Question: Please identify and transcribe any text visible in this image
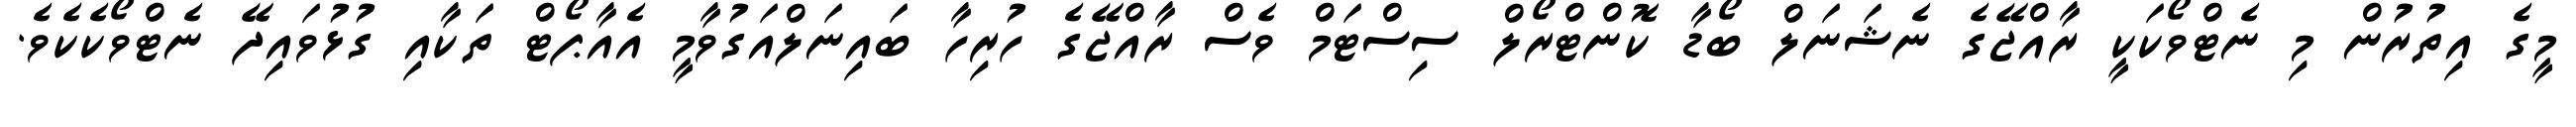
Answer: މީގެ އިތުރުން މި ނެޓްވޯކަކީ ރާއްޖޭގެ ނެޝަނަލް ބޯޑާ ކޮންޓްރޯލް ސިސްޓަމް ވެސް ރާއްޖޭގެ ހުރިހާ ބައިނަލްއަގުވާމީ އެއާޕޯޓް ތަކާއި ގުޅުވައިދޭ ނެޓްވޯކެކެވެ.